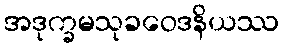
အဒုက္ခမသုခဝေဒနိယဿ